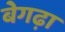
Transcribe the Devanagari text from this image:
बेगढ़ा